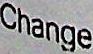
CHANGE